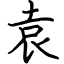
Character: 袁